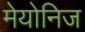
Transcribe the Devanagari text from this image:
मेयोनिज